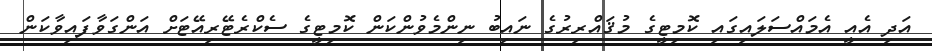
އަދި އެއީ އެމައްސަލައިގައި ކޮމިޓީގެ މުޤައްރިރުގެ ނައިބު ނިންމެވުންކަން ކޮމިޓީގެ ސެކްރެޓޭރިއޭޓަށް އަންގަވާފައިވާކަން